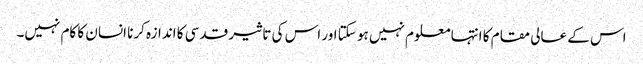
اس کے عالی مقام کا انتہا معلوم نہیں ہو سکتا اور اس کی تاثیر قدسی کا اندازہ کرنا انسان کا کام نہیں۔